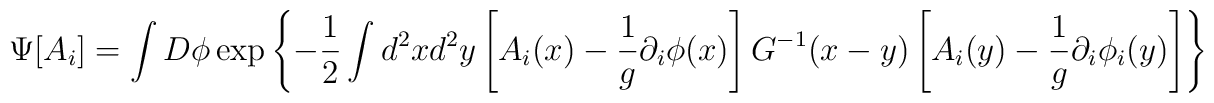
\Psi[A_i]=\int D\phi\exp\left\{-\frac{1}{2}\int d^2xd^2y \left[A_i(x)-\frac{1}{g}\partial_i\phi(x)\right]G^{-1}(x-y)\left[A_i(y)-\frac{1}{g}\partial_i\phi_i(y)\right]\right\}